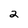
Character: 2